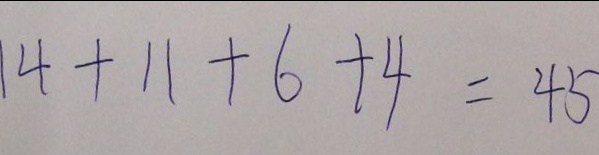
1 4 + 1 1 + 6 + 4 = 4 5